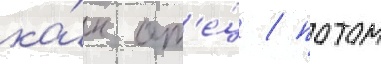
ка́к от'е́ц / потом